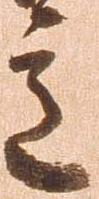
意